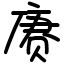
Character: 赓